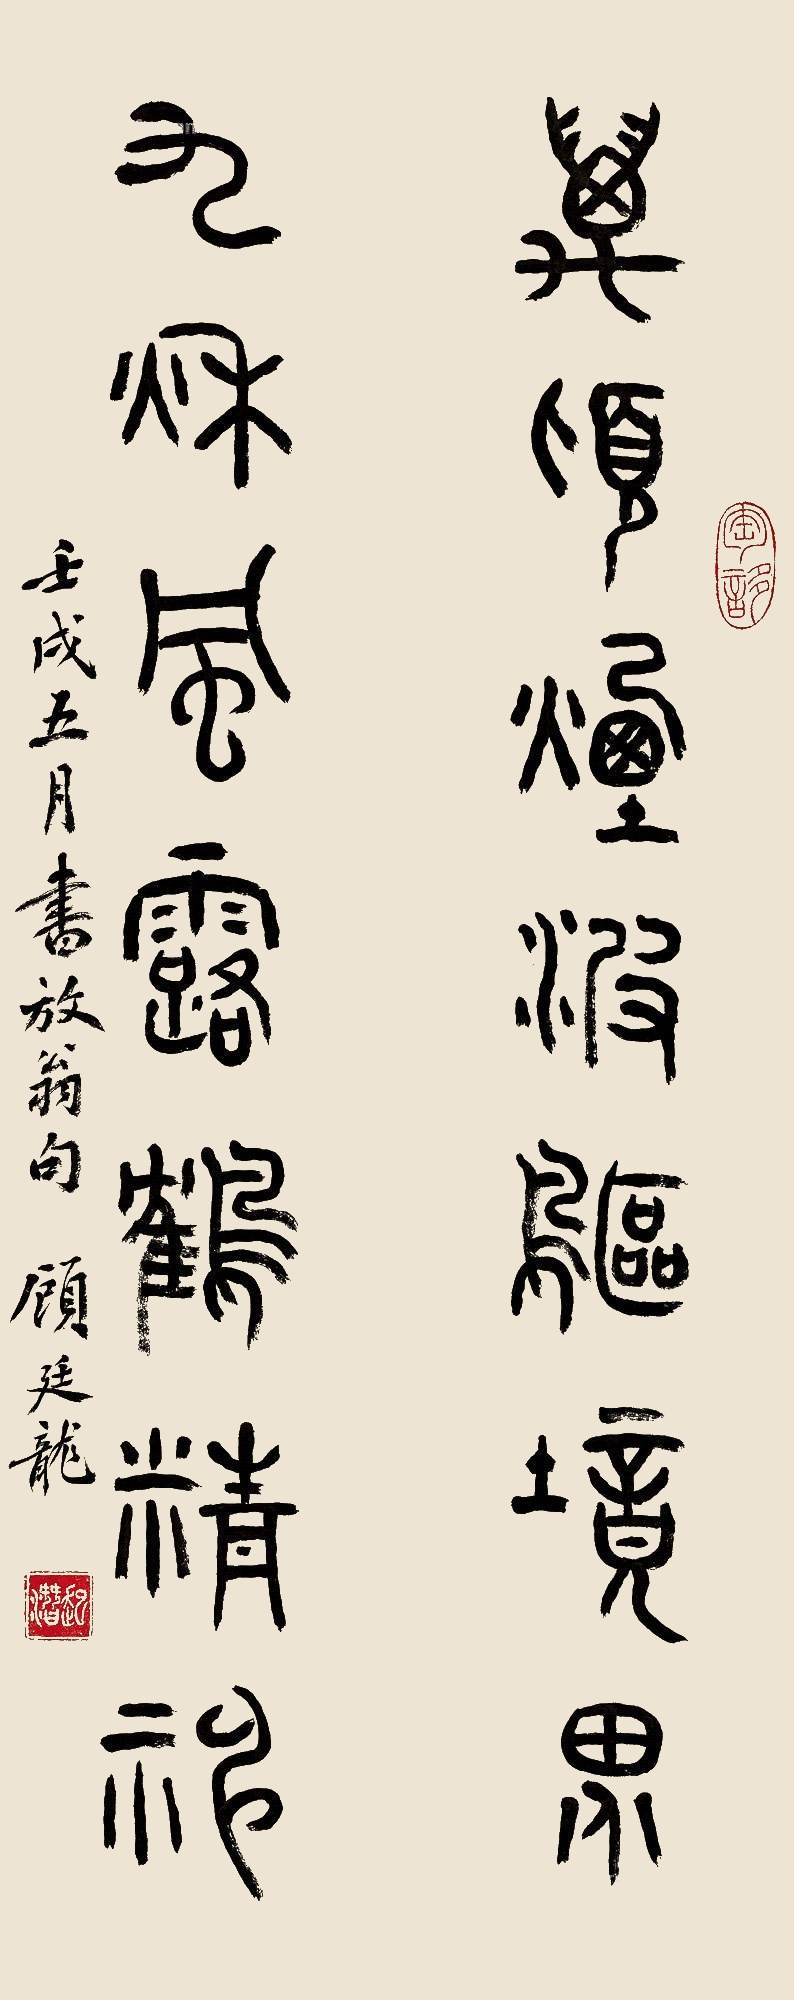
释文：万顷烟波欧镜界，九秋风露鹤精神。壬戌五月书放翁句，顾廷龙。